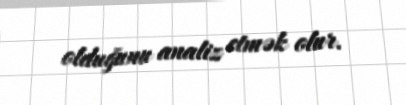
olduğunu analiz etmək olur.